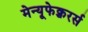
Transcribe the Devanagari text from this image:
मेन्यूफेक्चरर्स